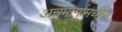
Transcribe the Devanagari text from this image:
अन्नमार्गामधील